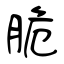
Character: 脆